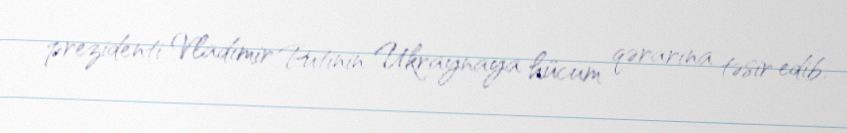
prezidenti Vladimir Putinin Ukraynaya hücum qərarına təsir edib.